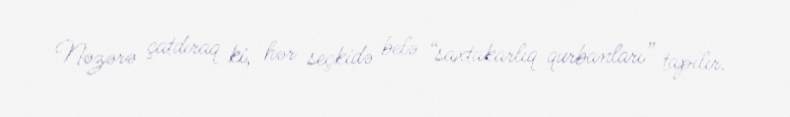
Nəzərə çatdıraq ki, hər seçkidə belə “saxtakarlıq qurbanları” tapılır.